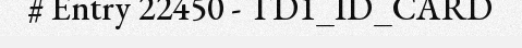
# Entry 22450 - TD1_ID_CARD